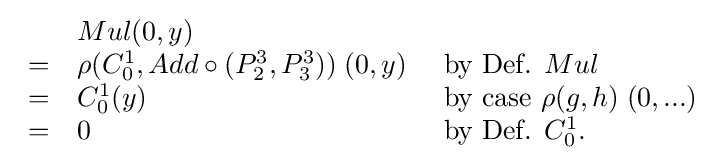
{\begin{array}{lll}&Mul(0,y)\\=&\rho (C_{0}^{1},Add\circ (P_{2}^{3},P_{3}^{3}))\;(0,y)&{\text{ by Def. }}Mul\\=&C_{0}^{1}(y)&{\text{ by case }}\rho (g,h)\;(0,...)\\=&0&{\text{ by Def. }}C_{0}^{1}.\\\end{array}}